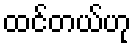
ထင်တယ်ဟု